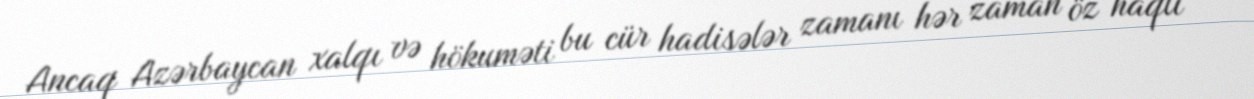
Ancaq Azərbaycan xalqı və hökuməti bu cür hadisələr zamanı hər zaman öz haqlı